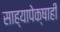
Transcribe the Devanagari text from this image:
साह्यापेक्षाही